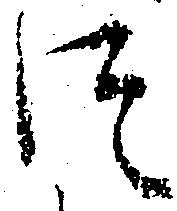
つ